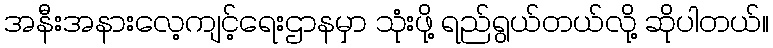
အနီးအနားလေ့ကျင့်ရေးဌာနမှာ သုံးဖို့ ရည်ရွယ်တယ်လို့ ဆိုပါတယ်။